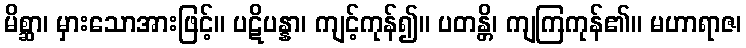
မိစ္ဆာ၊ မှားသောအားဖြင့်။ ပဋိပန္နာ၊ ကျင့်ကုန်၍။ ပတန္တိ၊ ကျကြကုန်၏။ မဟာရာဇ၊